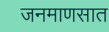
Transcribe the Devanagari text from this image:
जनमाणसात